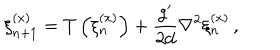
LaTeX: \xi _ { n + 1 } ^ { ( x ) } = T \left( \xi _ { n } ^ { ( x ) } \right) + \frac { g ^ { \prime } } { 2 d } \nabla ^ { 2 } \xi _ { n } ^ { ( x ) } \, ,